Indian journal of veterinary science and animal husbandry - Volume 8,
Year: 1938
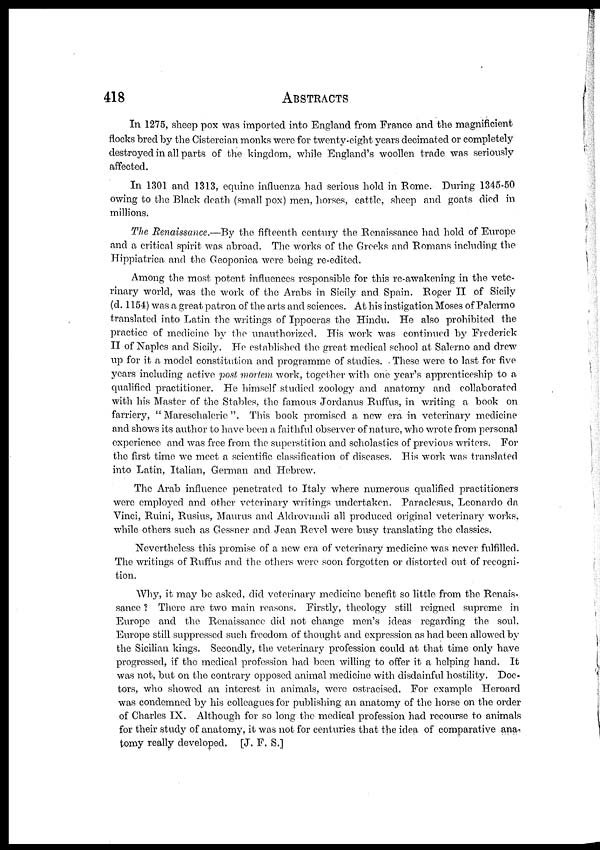
418
ABSTRACTS
In 1275, sheep pox was imported into England from France and the magnificient
flocks bred by the Cistercian monks were for twenty-eight years decimated or completely
destroyed in all parts of the kingdom, while England's woollen trade was seriously
affected.
In 1301 and 1313, equine influenza had serious hold in Rome. During 1345-50
owing to the Black death (small pox) men, horses, cattle, sheep and goats died in
millions.
The Renaissance.—By the fifteenth century the Renaissance had hold of Europe
and a critical spirit was abroad. The works of the Greeks and Romans including the
Hippiatrica and the Geoponica were being re-edited.
Among the most potent influences responsible for this re-awakening in the vete-
rinary world, was the work of the Arabs in Sicily and Spain. Roger II of Sicily
(d. 1154) was a great patron of the arts and sciences. At his instigation Moses of Palermo
translated into Latin the writings of Ippocras the Hindu. He also prohibited the
practice of medicine by the unauthorized. His work was continued by Frederick
II of Naples and Sicily. He established the great medical school at Salerno and drew
up for it a model constitution and programme of studies. These were to last for five
years including active post mortem work, together with one year's apprenticeship to a
qualified practitioner. He himself studied zoology and anatomy and collaborated
with his Master of the Stables, the famous Jordanus Ruffus, in writing a book on
farriery, " Mareschalerie ". This book promised a new era in veterinary medicine
and shows its author to have been a faithful observer of nature, who wrote from personal
experience and was free from the superstition and scholastics of previous writers. For
the first time we meet a scientific classification of diseases. His work was translated
into Latin, Italian, German and Hebrew.
The Arab influence penetrated to Italy where numerous qualified practitioners
were employed and other veterinary writings undertaken. Paraclesus, Leonardo da
Vinci, Ruini, Rusius, Maurus and Aldrovandi all produced original veterinary works,
while others such as Gessner and Jean Revel were busy translating the classics.
Nevertheless this promise of a new era of veterinary medicine was never fulfilled.
The writings of Ruffus and the others were soon forgotten or distorted out of recogni-
tion.
Why, it may be asked, did veterinary medicine benefit so little from the Renais-
sance ? There are two main reasons. Firstly, theology still reigned supreme in
Europe and the Renaissance did not change men's ideas regarding the soul.
Europe still suppressed such freedom of thought and expression as had been allowed by
the Sicilian kings. Secondly, the veterinary profession could at that time only have
progressed, if the medical profession had been willing to offer it a helping hand. It
was not, but on the contrary opposed animal medicine with disdainful hostility. Doc-
tors, who showed an interest in animals, were ostracised. For example Heroard
was condemned by his colleagues for publishing an anatomy of the horse on the order
of Charles IX. Although for so long the medical profession had recourse to animals
for their study of anatomy, it was not for centuries that the idea of comparative ana-
tomy really developed. [J. F. S.]